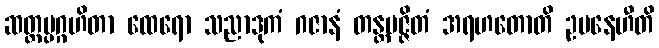
ဆတ္တပ္ပဂ္ဂဟိတာ ထေရော သညာဒုကံ ဂဇာနံ တန္တမဇ္ဇိတံ အရဟတောတိ ဥပနေဟီတိ